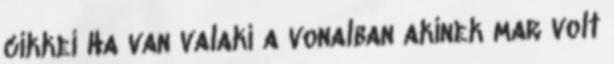
cikkei Ha van valaki a vonalban akinek mar volt